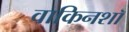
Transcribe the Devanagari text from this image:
वाकिनशॉ